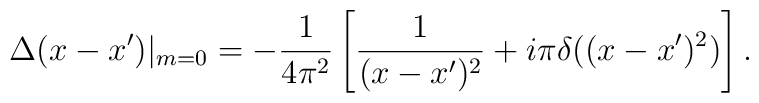
\Delta(x-x')|_{m=0}=-\frac{1}{4\pi^2}\left[ \frac{1}{(x-x')^2}+i\pi \delta((x-x')^2) \right]  .